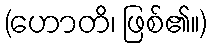
(ဟောတိ၊ ဖြစ်၏။)